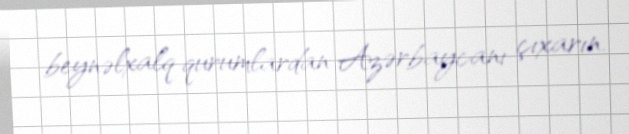
beynəlxalq qurumlardan Azərbaycanı çıxarın.